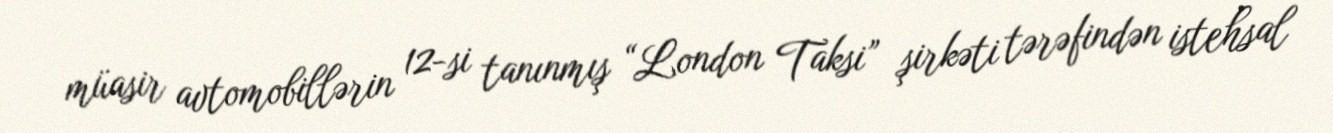
müasir avtomobillərin 12-si tanınmış “London Taksi” şirkəti tərəfindən istehsal